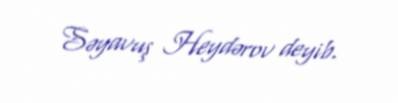
Səyavuş Heydərov deyib.